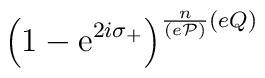
\left(1-\mbox{e}^{2i\sigma_{+}}\right)^		  {\frac{n}{(e{\cal P})}(eQ)}